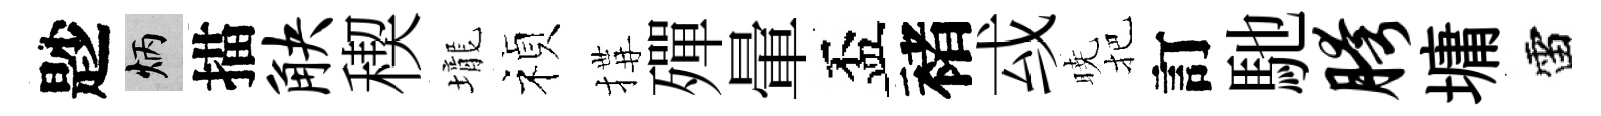
尟炳描觖稧壠禎搆殫暈盃褚㦯暁把訂馳胯墉雷